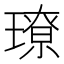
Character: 璙